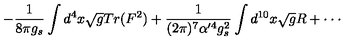
- \frac { 1 } { 8 \pi g _ { s } } \int d ^ { 4 } x \sqrt { g } T r ( F ^ { 2 } ) + \frac { 1 } { ( 2 \pi ) ^ { 7 } \alpha ^ { \prime 4 } g _ { s } ^ { 2 } } \int d ^ { 1 0 } x \sqrt { g } R + \cdot \cdot \cdot